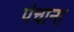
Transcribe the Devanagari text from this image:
पंचाना